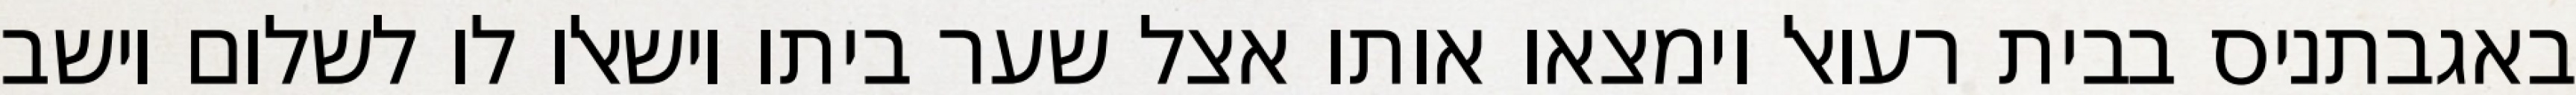
באגבתניס בבית רעואל וימצאו אותו אצל שער ביתו וישאלו לו לשלום וישב